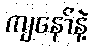
ကျနော်နဲ့